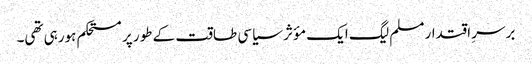
برسرِ اقتدار مسلم لیگ ایک مؤثر سیاسی طاقت کے طور پر مستحکم ہورہی تھی۔